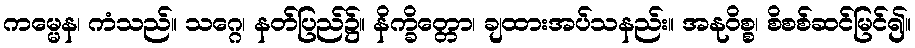
ကမ္မေန၊ ကံသည်။ သဂ္ဂေ၊ နတ်ပြည်၌။ နိက္ခိတ္တော၊ ချထားအပ်သနည်း။ အနုဝိစ္စ၊ စိစစ်ဆင်မြင်၍။